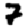
Digit: 7